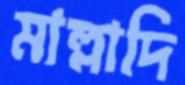
মাল্লাদি